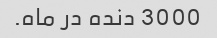
3000 دنده در ماه.